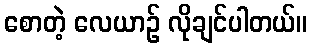
စောတဲ့ လေယာဉ် လိုချင်ပါတယ်။